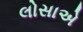
લોસાએ